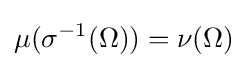
\mu (\sigma ^{-1}(\Omega ))=\nu (\Omega )